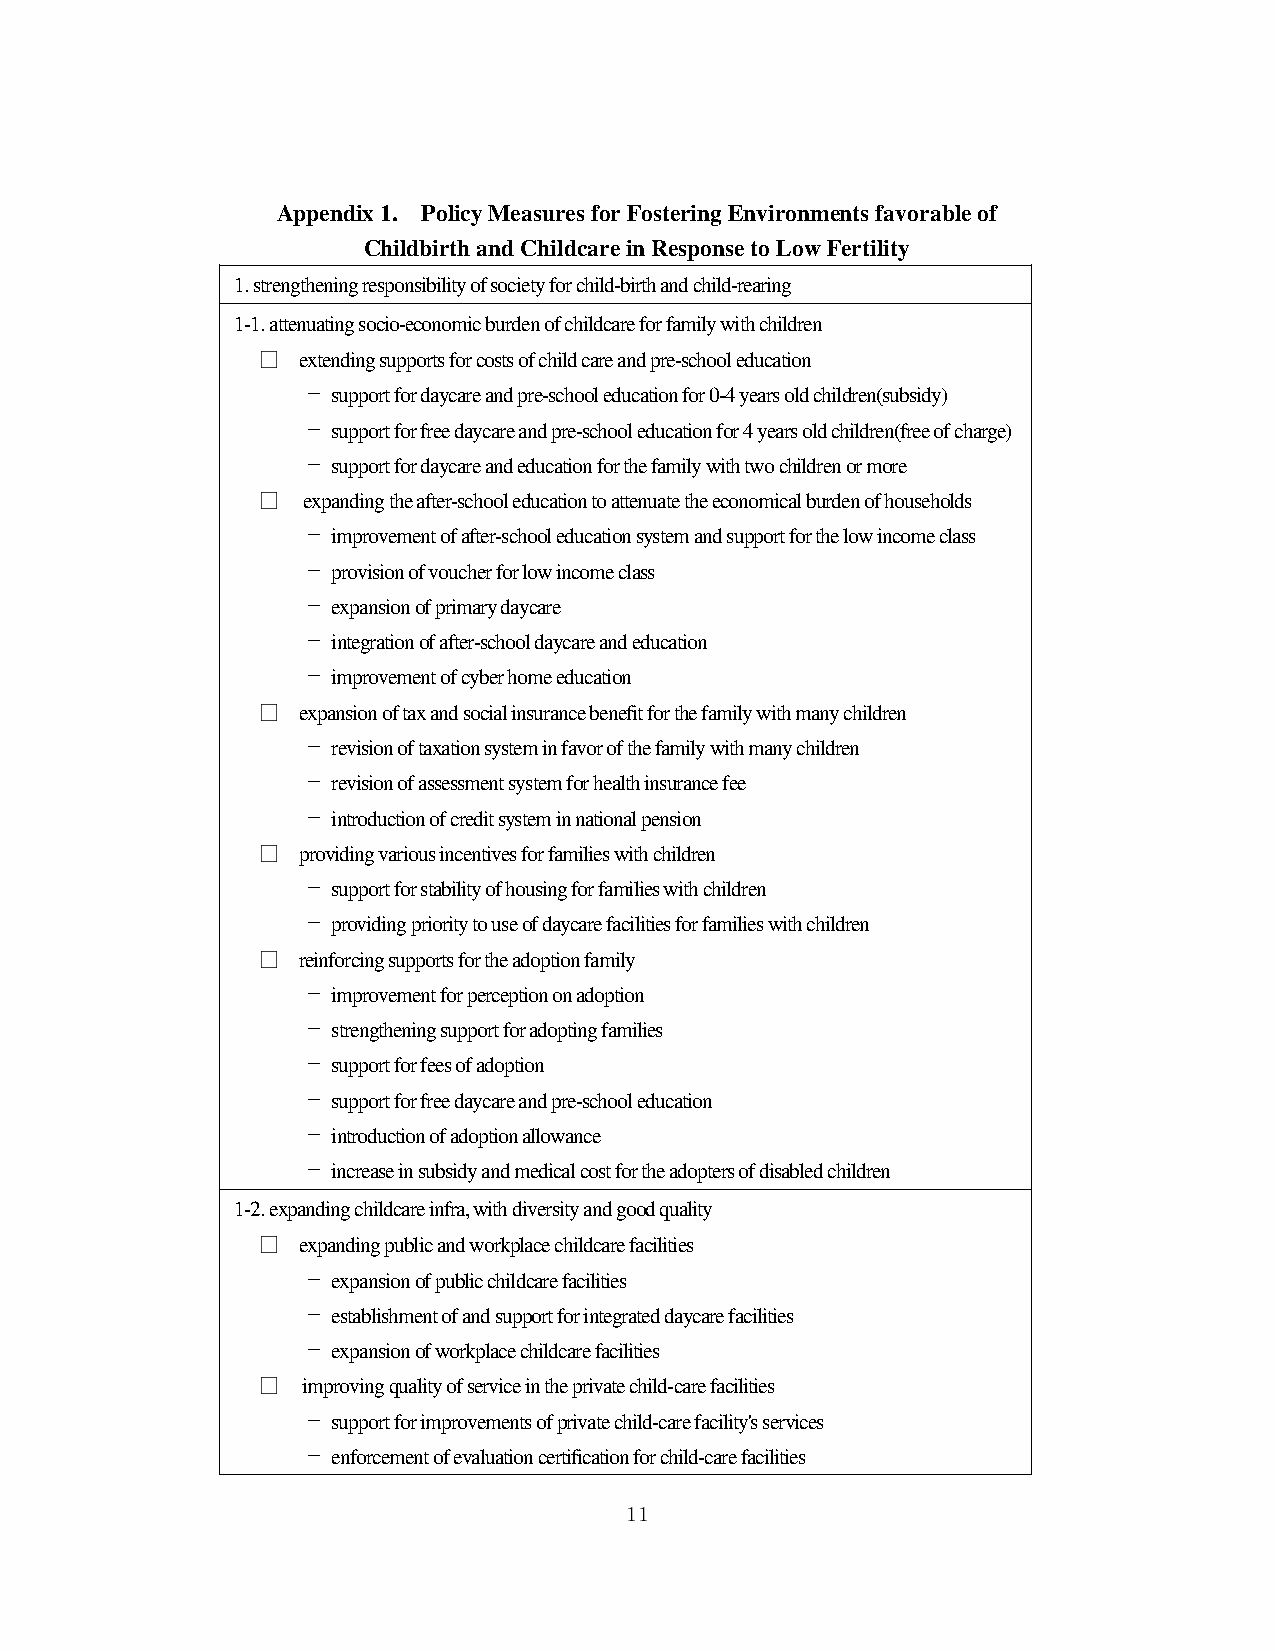
Appendix 1. Policy Measures for Fostering Environments favorable of
 Childbirth and Childcare in Response to Low Fertility
 1. strengthening responsibility of society for child-birth and child-rearing
 1-1. attenuating socio-economic burden of childcare for family with children
 □  extending supports for costs of child care and pre-school education
 － support for daycare and pre-school education for 0-4 years old children(subsidy)
 － support for free daycare and pre-school education for 4 years old children(free of charge)
 － support for daycare and education for the family with two children or more
 □  expanding the after-school education to attenuate the economical burden of households
 － improvement of after-school education system and support for the low income class
 － provision of voucher for low income class
 － expansion of primary daycare
 － integration of after-school daycare and education
 － improvement of cyber home education
 □  expansion of tax and social insurance benefit for the family with many children
 － revision of taxation system in favor of the family with many children
 － revision of assessment system for health insurance fee
 － introduction of credit system in national pension
 □  providing various incentives for families with children
 － support for stability of housing for families with children
 － providing priority to use of daycare facilities for families with children
 □  reinforcing supports for the adoption family
 － improvement for perception on adoption
 － strengthening support for adopting families
 － support for fees of adoption
 － support for free daycare and pre-school education
 － introduction of adoption allowance
 － increase in subsidy and medical cost for the adopters of disabled children
 1-2. expanding childcare infra, with diversity and good quality
 □  expanding public and workplace childcare facilities
 － expansion of public childcare facilities
 － establishment of and support for integrated daycare facilities
 － expansion of workplace childcare facilities
 □  improving quality of service in the private child-care facilities
 － support for improvements of private child-care facility's services
 － enforcement of evaluation certification for child-care facilities
 11